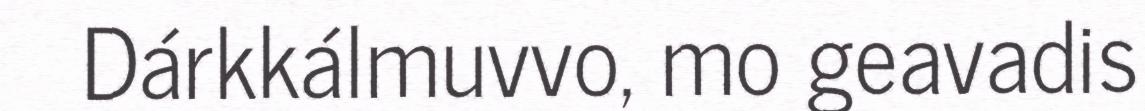
Dárkkálmuvvo, mo geavadis